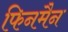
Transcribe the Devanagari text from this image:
फिनमैन